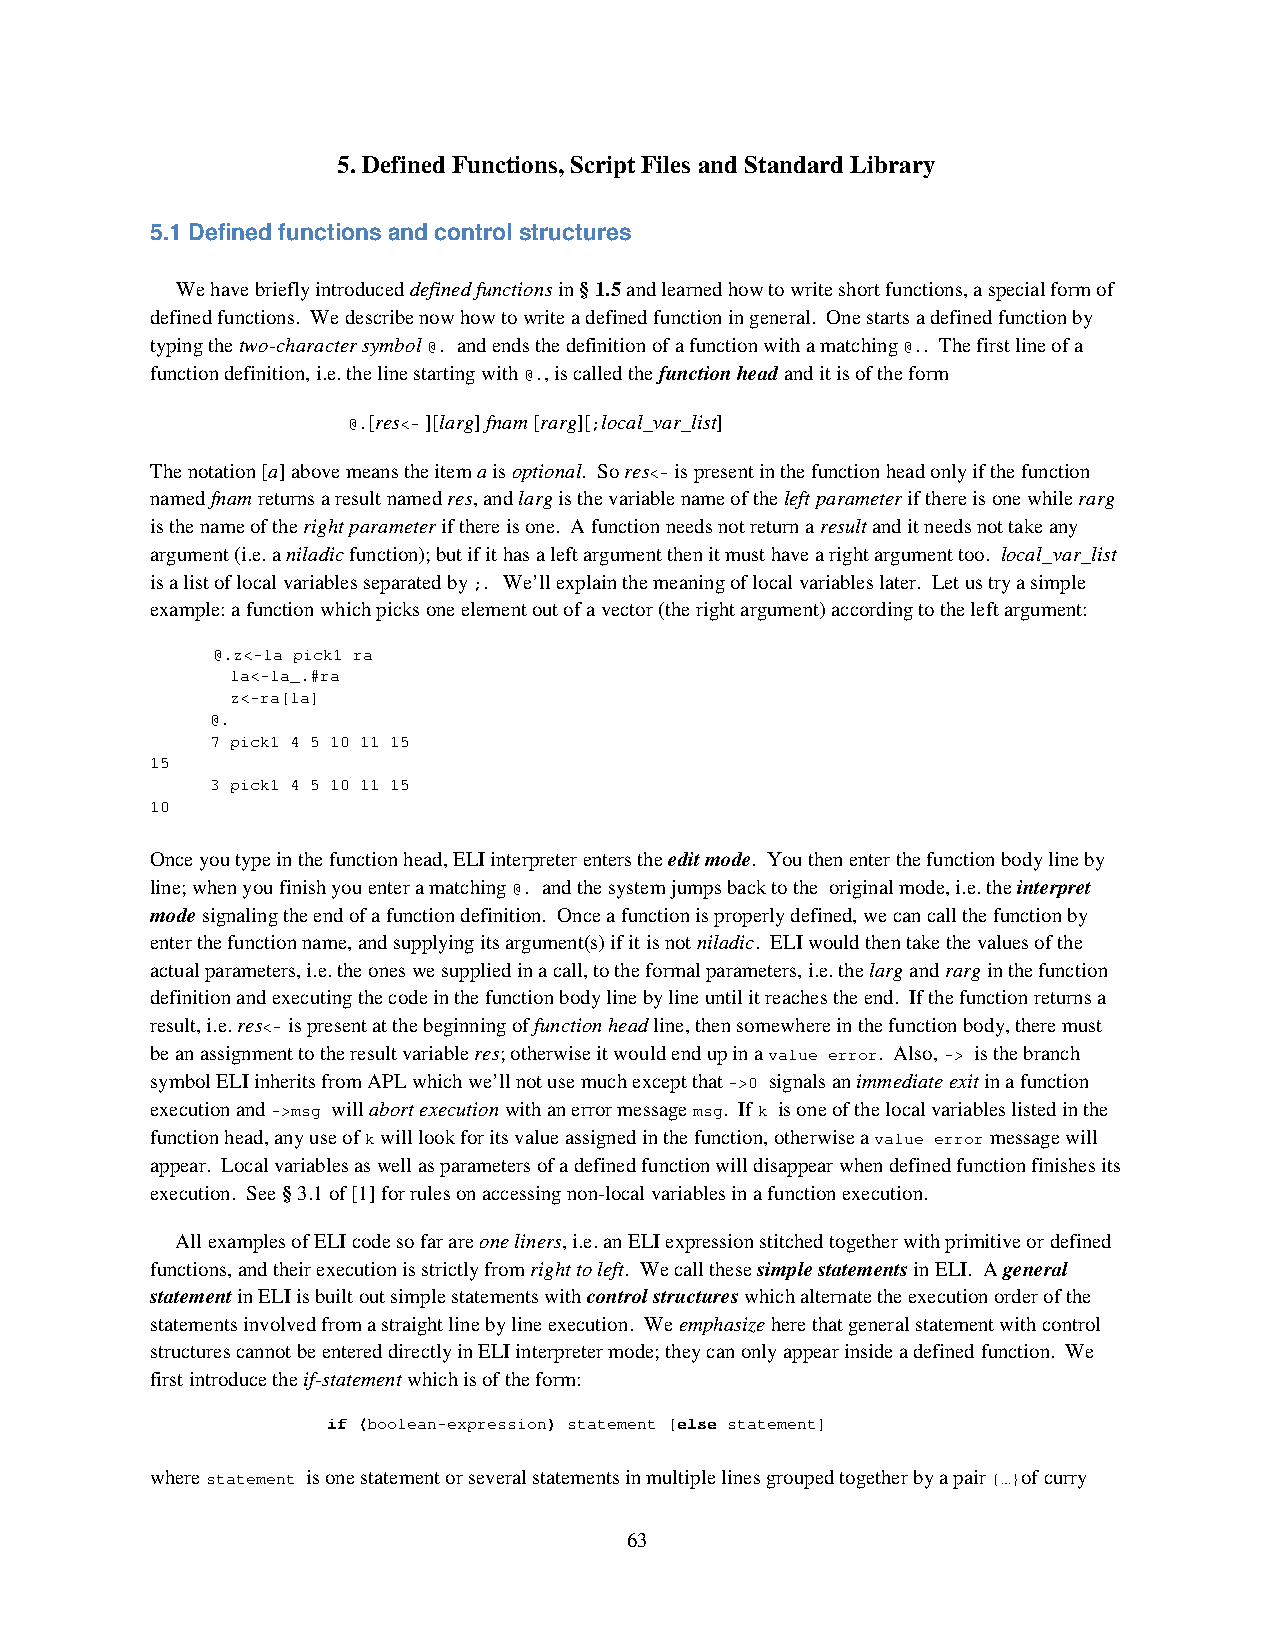
5. Defined Functions, Script Files and Standard Library
 5.1 Defined functions and control structures
 We have briefly introduced defined functions in § 1.5 and learned how to write short functions, a special form of
 defined functions. We describe now how to write a defined function in general. One starts a defined function by
 typing the two-character symbol @. and ends the definition of a function with a matching @.. The first line of a
 function definition, i.e. the line starting with @., is called the function head and it is of the form
 @.[res<- ][larg] fnam [rarg][;local_var_list]
 The notation [a] above means the item a is optional. So res<- is present in the function head only if the function
 named fnam returns a result named res, and larg is the variable name of the left parameter if there is one while rarg
 is the name of the right parameter if there is one. A function needs not return a result and it needs not take any
 argument (i.e. a niladic function); but if it has a left argument then it must have a right argument too. local_var_list
 is a list of local variables separated by ;. We’ll explain the meaning of local variables later. Let us try a simple
 example: a function which picks one element out of a vector (the right argument) according to the left argument:
 @.z<-la pick1 ra
 la<-la_.#ra
 z<-ra[la]
 @.
 7 pick1 4 5 10 11 15
 15
 3 pick1 4 5 10 11 15
 10
 Once you type in the function head, ELI interpreter enters the edit mode. You then enter the function body line by
 line; when you finish you enter a matching @. and the system jumps back to the original mode, i.e. the interpret
 mode signaling the end of a function definition. Once a function is properly defined, we can call the function by
 enter the function name, and supplying its argument(s) if it is not niladic. ELI would then take the values of the
 actual parameters, i.e. the ones we supplied in a call, to the formal parameters, i.e. the larg and rarg in the function
 definition and executing the code in the function body line by line until it reaches the end. If the function returns a
 result, i.e. res<- is present at the beginning of function head line, then somewhere in the function body, there must
 be an assignment to the result variable res; otherwise it would end up in a value error. Also, -> is the branch
 symbol ELI inherits from APL which we’ll not use much except that ->0 signals an immediate exit in a function
 execution and ->msg will abort execution with an error message msg. If k is one of the local variables listed in the
 function head, any use of k will look for its value assigned in the function, otherwise a value error message will
 appear. Local variables as well as parameters of a defined function will disappear when defined function finishes its
 execution. See § 3.1 of [1] for rules on accessing non-local variables in a function execution.
 All examples of ELI code so far are one liners, i.e. an ELI expression stitched together with primitive or defined
 functions, and their execution is strictly from right to left. We call these simple statements in ELI. A general
 statement in ELI is built out simple statements with control structures which alternate the execution order of the
 statements involved from a straight line by line execution. We emphasize here that general statement with control
 structures cannot be entered directly in ELI interpreter mode; they can only appear inside a defined function. We
 first introduce the if-statement which is of the form:
 if (boolean-expression) statement [else statement]
 where statement is one statement or several statements in multiple lines grouped together by a pair {…}of curry
 63